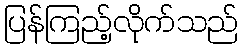
ပြန်ကြည့်လိုက်သည်